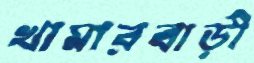
খামারবাড়ী